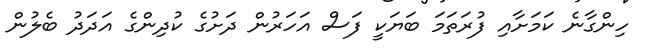
ހިންގާނެ ކަމަށާއި ފުރަތަމަ ބަޔަކީ ފަސް އަހަރުން ދަށުގެ ކުދިންގެ އަދަދު ބެލުން